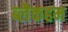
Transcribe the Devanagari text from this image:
ब्लैकहम